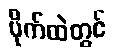
ဗိုက်ထဲတွင်